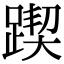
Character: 𨂰